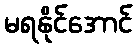
မရနိုင်အောင်